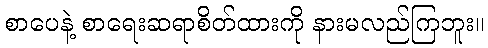
စာပေနဲ့ စာရေးဆရာစိတ်ထားကို နားမလည်ကြဘူး။